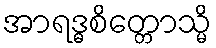
အာရဒ္ဓစိတ္တောသ္မိ